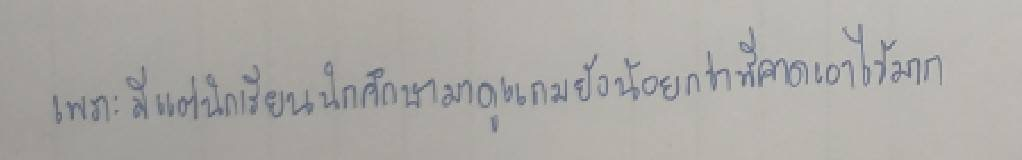
เพราะมีแต่นักเรียนนักศึกษามาดูแถมยังน้อยกว่าที่คาดเอาไว้มาก